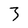
Character: 3